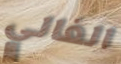
الغالي